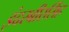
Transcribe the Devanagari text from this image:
इंदरबीरसिंह